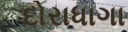
દોરાધાગા